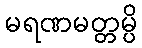
မရဏမတ္တမ္ပိ